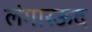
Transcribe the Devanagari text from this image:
लंगारऊद